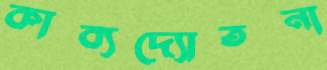
কাব্যদ্যোতনা